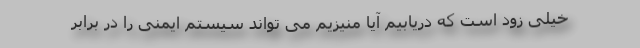
خیلی زود است که دریابیم آیا منیزیم می تواند سیستم ایمنی را در برابر